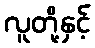
လူတို့နှင့်